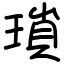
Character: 瑣